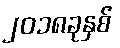
၂၀၁၈ခုနှစ်